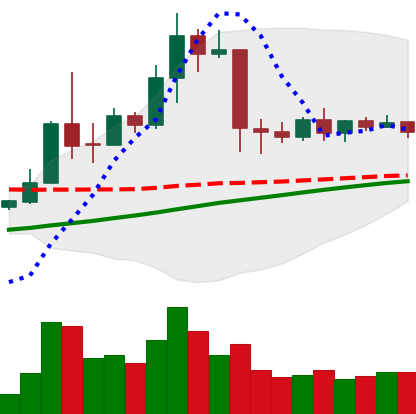
Ticker: TRX-USD
Chart end date: 2019-04-19
Forward return: -11.834%
Label: down_7plus